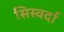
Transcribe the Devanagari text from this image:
सिस्वर्दा